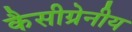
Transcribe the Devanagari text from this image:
कैसीग्रेनीय